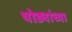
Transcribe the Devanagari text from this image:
थोड्यांच्या